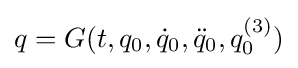
q=G(t,q_{0},{\dot {q}}_{0},{\ddot {q}}_{0},q_{0}^{(3)})